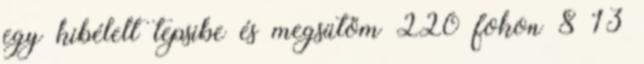
egy kibélelt tepsibe és megsütöm 220 fokon 8 13